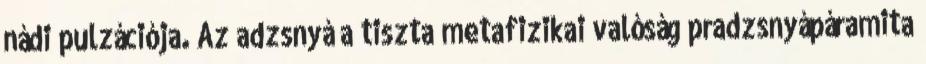
nádi pulzációja. Az adzsnyá a tiszta metafizikai valóság pradzsnyápáramita